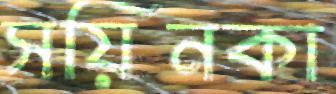
সয়িনকা